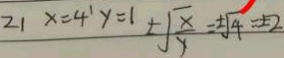
2 1 x = 4 ^ { \prime } y = 1 \pm \sqrt { \frac { x } { y } } = \pm \sqrt { 4 } = \pm 2